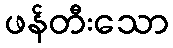
ဖန်တီးသော